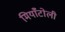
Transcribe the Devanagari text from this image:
मियाँटोली